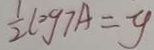
\frac { 1 } { 2 } \log 7 A = y